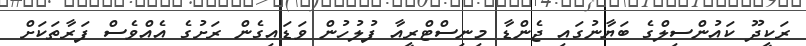
ރަކީދޫ ކައުންސިލްގެ ބަޔާނުގައި ޖެންޑާ މިިނިސްޓްރީއާ ފުލުހުން ވަޑައިގެން ރަށުގެ އެއްވެސް ފަރާތަކަށް